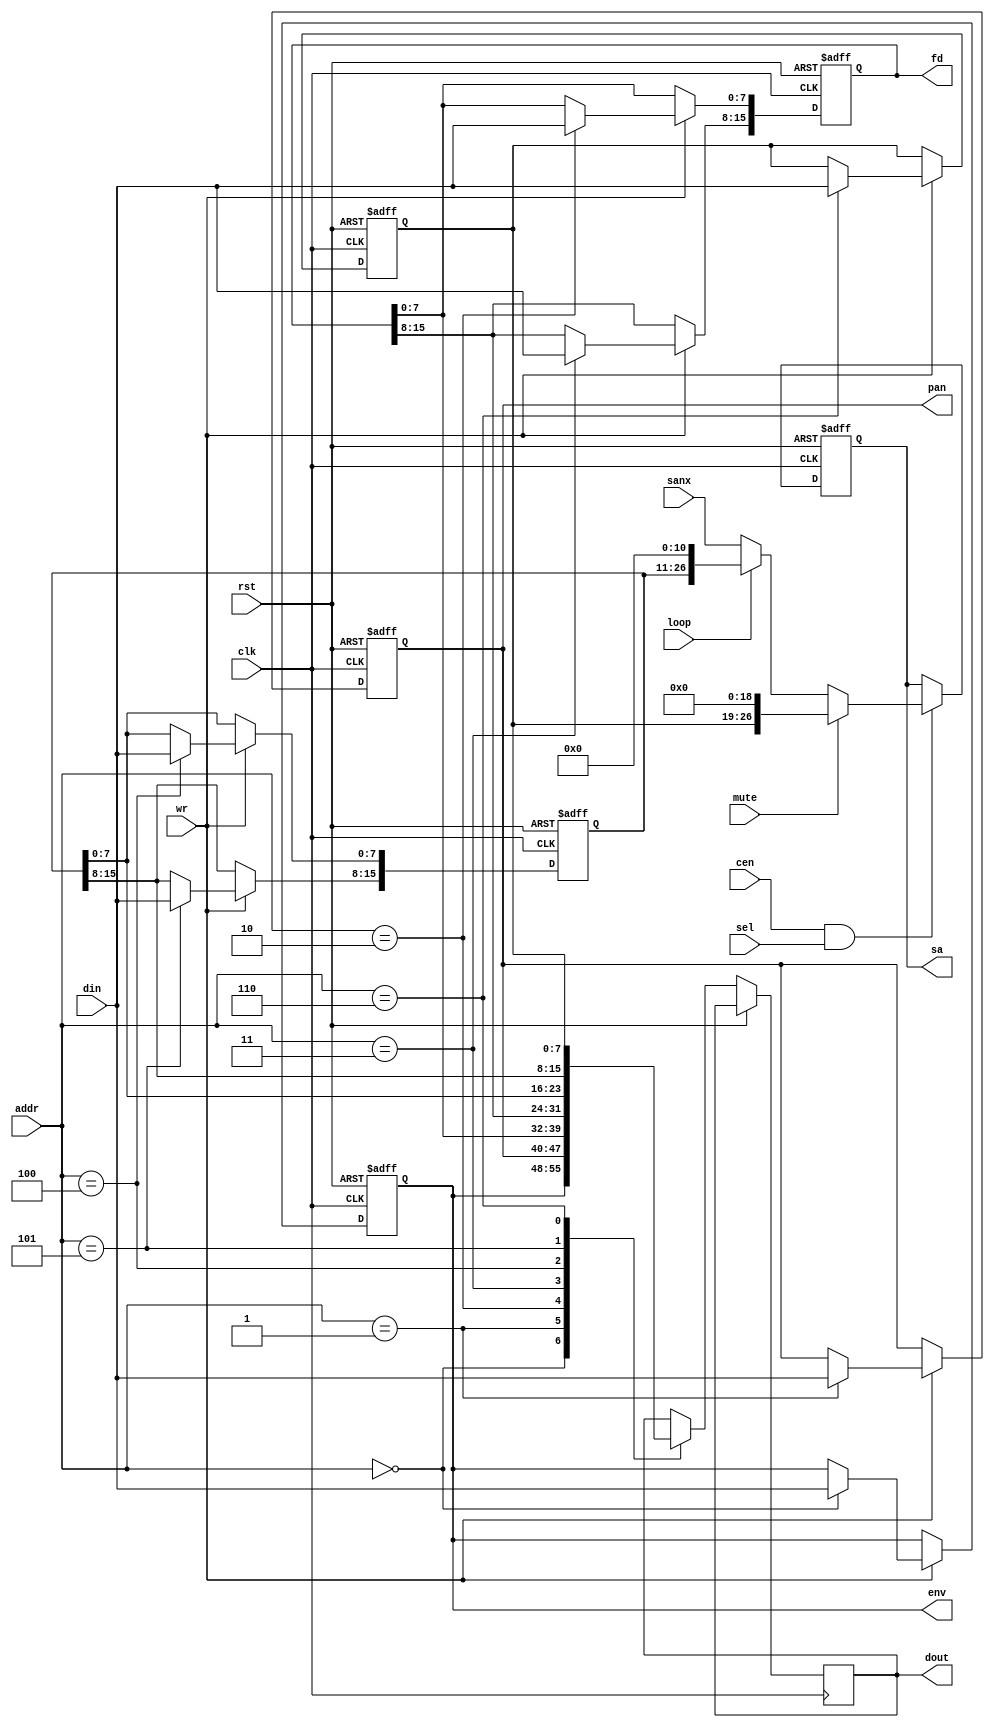
/*  This file is part of JTCORES.
    JTCORES program is free software: you can redistribute it and/or modify
    it under the terms of the GNU General Public License as published by
    the Free Software Foundation, either version 3 of the License, or
    (at your option) any later version.

    JTCORES program is distributed in the hope that it will be useful,
    but WITHOUT ANY WARRANTY; without even the implied warranty of
    MERCHANTABILITY or FITNESS FOR A PARTICULAR PURPOSE.  See the
    GNU General Public License for more details.

    You should have received a copy of the GNU General Public License
    along with JTCORES.  If not, see <http://www.gnu.org/licenses/>.

    Author: Jose Tejada Gomez. Twitter: @topapate
    Version: 1.0
    Date: 19-3-2024 */

// Compatible with Ricoh RF5C68A

module jtpcm568_ch(
    input                rst,
    input                clk,
    input                cen,

    // CPU interface
    input                wr,
    input         [ 2:0] addr,
    input         [ 7:0] din,
    output reg    [ 7:0] dout,
    // status
    output reg    [ 7:0] env, pan,
    output reg    [15:0] fd,
    // sound address and actions
    output reg    [26:0] sa, // 16 (integer) + 11 (fractional)
    input                sel,
    input                loop,
    input                mute,
    input         [26:0] sanx
);

reg [15:0] ls;  // loop position
reg [ 7:0] staddr;

`ifdef SIMULATION
wire looped = loop & cen & sel;
`endif

// sound address
always @(posedge clk or posedge rst) begin
    if(rst) begin
        sa  <= 0;
    end else if( cen && sel) begin
        sa <= sanx;
        if( loop ) sa <= {ls,11'd0};
        if( mute ) sa <= {staddr,19'd0};
    end
end

// registers
always @(posedge clk or posedge rst) begin
    if(rst) begin
        fd     <= 0;
        ls     <= 0;
        pan    <= 0;
        env    <= 0;
        staddr <= 0;
    end else begin
        if( wr ) case(addr)
            0: env <= din;
            1: pan <= din;
            2: fd[ 7:0] <= din;
            3: fd[15:8] <= din;
            4: ls[ 7:0] <= din;
            5: ls[15:8] <= din;
            6: staddr   <= din;
            default:;
        endcase
        case(addr)
            0: dout <= env;
            1: dout <= pan;
            2: dout <= fd[7:0];
            3: dout <= fd[15:8];
            4: dout <= ls[7:0];
            5: dout <= ls[15:8];
            6: dout <= staddr;
        endcase
    end
end

endmodule